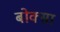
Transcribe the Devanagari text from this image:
बोक्सा